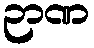
ဉာဏ